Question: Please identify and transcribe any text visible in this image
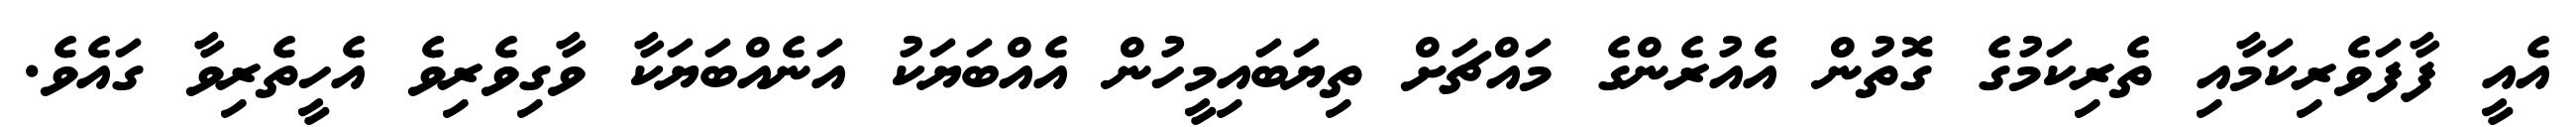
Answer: އެއީ ފާފަވެރިކަމާއި ތެރިކަމުގެ ގޮތުން އެއުރެންގެ މައްޗަށް ތިޔަބައިމީހުން އެއްބަޔަކު އަނެއްބަޔަކާ ވާގިވެރިވެ އެހީތެރިވާ ގައެވެ.